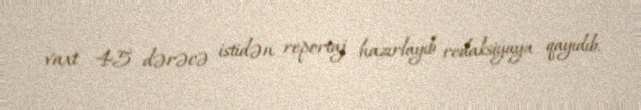
vaxt 45 dərəcə istidən reportaj hazırlayıb redaksiyaya qayıdıb.